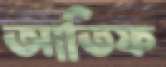
আতিফ